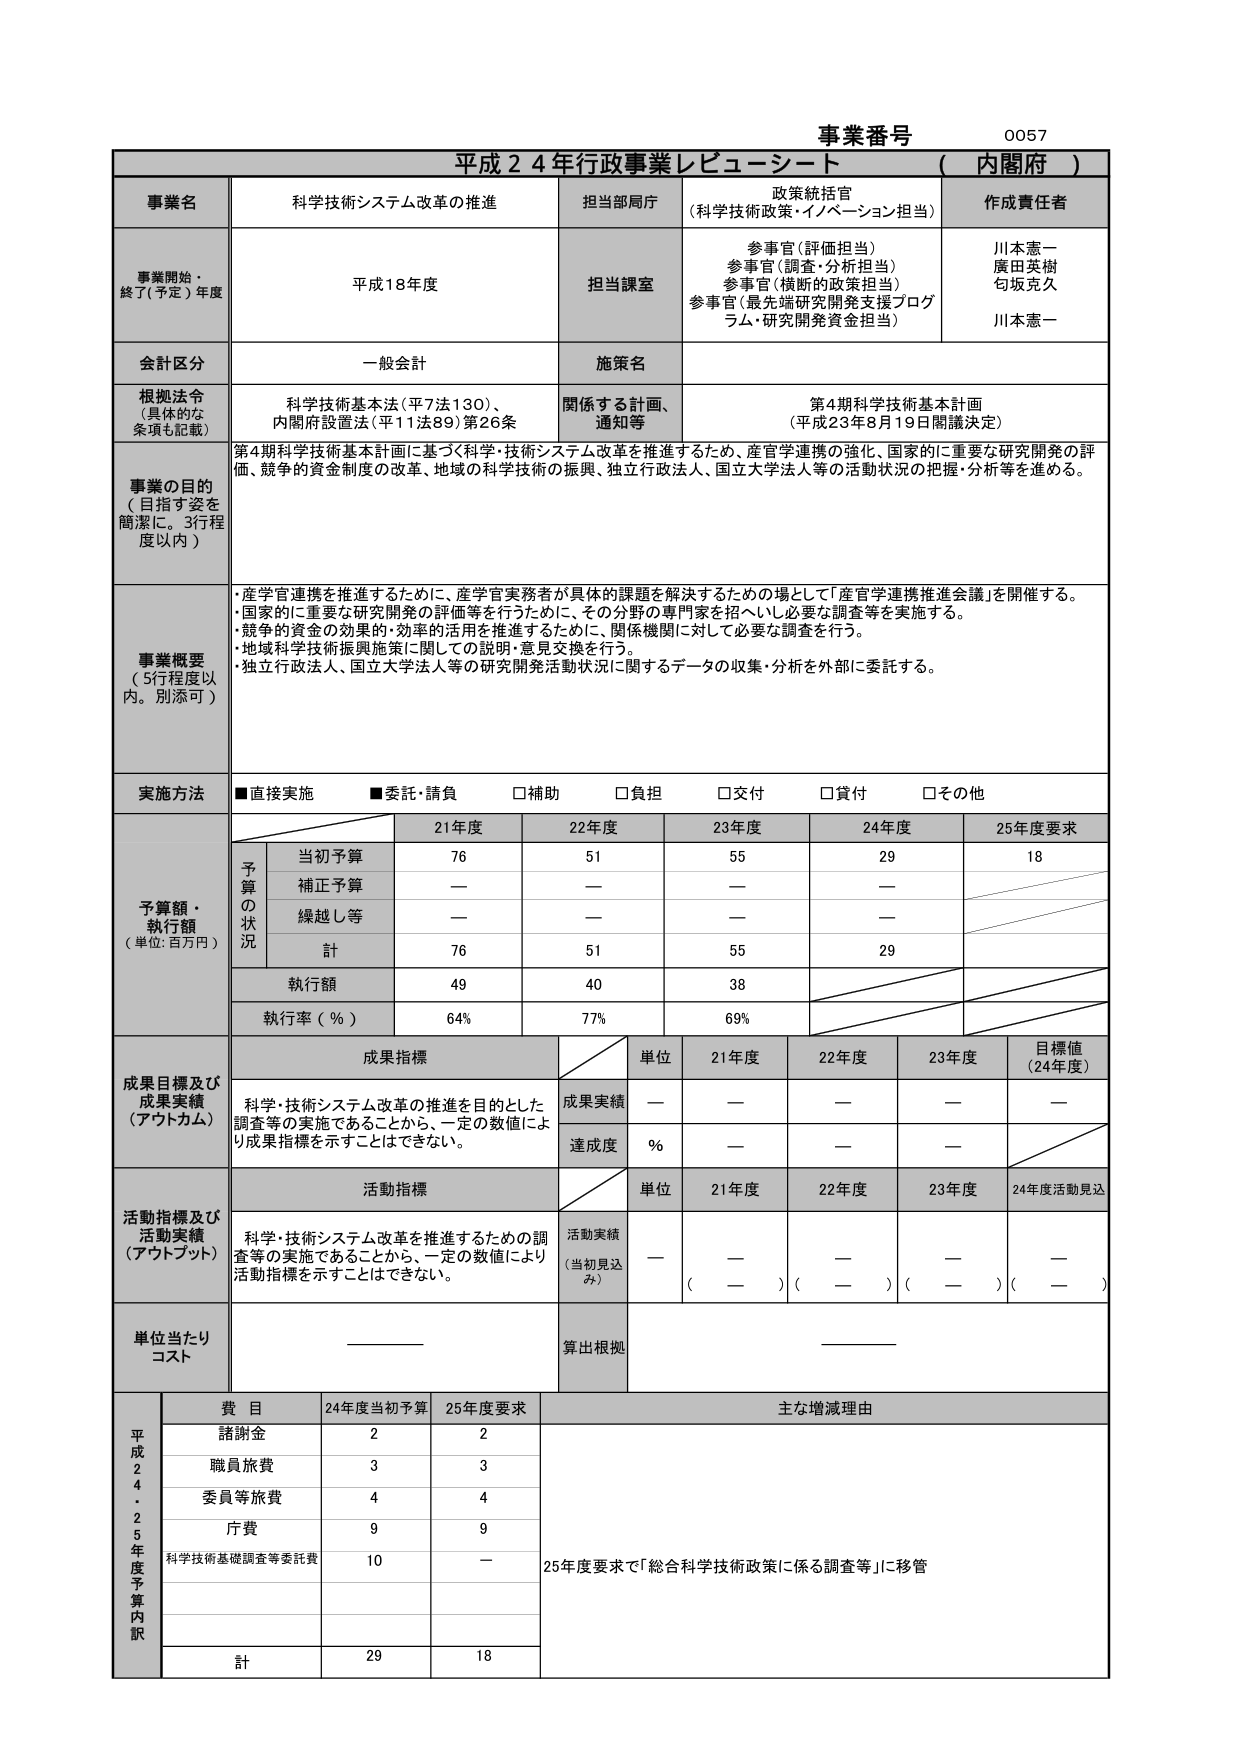
事業番号 0057
平成24年行政事業レビューシート（内閣府）

事業名 科学技術システム改革の推進
担当部局庁 政策統括官（科学技術政策・イノベーション担当）
作成責任者 川本憲一
廣田英樹
勾坂克久
川本憲一

事業開始・終了（予定）年度 平成18年度
担当課室 参事官（評価担当）
参事官（調査・分析担当）
参事官（横断的政策担当）
参事官（最先端研究開発支援プログラム・研究開発資金担当）

会計区分 一般会計
施策名

根拠法令（具体的な条項も記載） 科学技術基本法（平7法130）、内閣府設置法（平11法89）第26条
関係する計画、通知等 第4期科学技術基本計画（平成23年8月19日閣議決定）

事業の目的（目指す姿を簡潔に。3行程度以内）
第4期科学技術基本計画に基づく科学・技術システム改革を推進するため、産官学連携の強化、国家的に重要な研究開発の評価、競争的資金制度の改革、地域の科学技術の振興、独立行政法人、国立大学法人等の活動状況の把握・分析等を進める。

事業概要（5行程度以内。別添可）
・産官学連携を推進するために、産学官実務者が具体的課題を解決するための場として「産官学連携推進会議」を開催する。
・国家的に重要な研究開発の評価等を行うために、その分野の専門家を招へいし必要な調査等を実施する。
・競争的資金の効果的・効率的活用を推進するために、関係機関に対して必要な調査を行う。
・地域科学技術振興施策に関しての説明・意見交換を行う。
・独立行政法人、国立大学法人等の研究開発活動状況に関するデータの収集・分析を外部に委託する。

実施方法 ■直接実施 ■委託・請負 □補助 □負担 □交付 □貸付 □その他

予算額・執行額（単位：百万円）
21年度 22年度 23年度 24年度 25年度要求
予算の状況
当初予算 76 51 55 29 18
補正予算 — — — —
繰越し等 — — — —
計 76 51 55 29
執行額 49 40 38
執行率（％） 64% 77% 69%

成果目標及び成果実績（アウトカム）
成果指標
科学・技術システム改革の推進を目的とした調査等の実施であることから、一定の数値により成果指標を示すことはできない。
単位 21年度 22年度 23年度 目標値（24年度）
成果実績 — — — —
達成度 ％ — — —

活動指標及び活動実績（アウトプット）
活動指標
科学・技術システム改革を推進するための調査等の実施であることから、一定の数値により活動指標を示すことはできない。
単位 21年度 22年度 23年度 24年度活動見込
活動実績（当初見込み） — — — —
（ — ）（ — ）（ — ）（ — ）

単位当たりコスト ————
算出根拠 ————

平成24・25年度予算内訳
費目 24年度当初予算 25年度要求 主な増減理由
諸謝金 2 2
職員旅費 3 3
委員等旅費 4 4
庁費 9 9
科学技術基礎調査等委託費 10 — 25年度要求で「総合科学技術政策に係る調査等」に移管
計 29 18